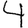
Digit: 4